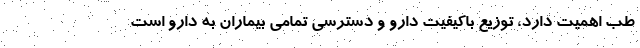
طب اهمیت دارد، توزیع باکیفیت دارو و دسترسی تمامی بیماران به دارو است